Annual report on the Civil Veterinary Department, Burma (including the Insein Veterinary School) - 1923-1931
Year: 1923
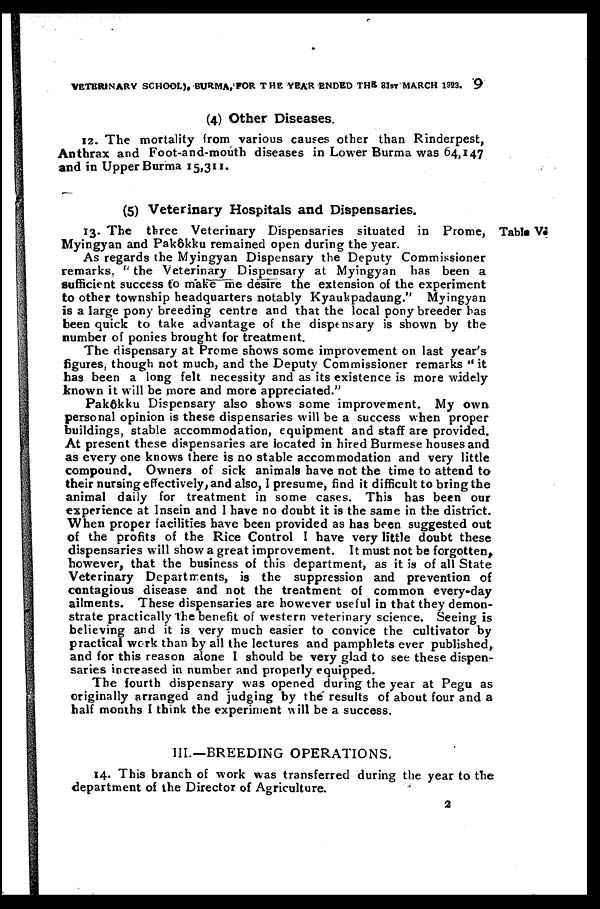
VETERINARY SCHOOL), BURMA, FOR THE YEAR ENDED THE 31ST MARCH 1923.
9
(4) Other Diseases.
12. The mortality from various causes other than Rinderpest,
Anthrax and Foot-and-mouth diseases in Lower Burma was 64,147
and in Upper Burma 15,311.
(5) Veterinary Hospitals and Dispensaries.
Table V.
13. The three Veterinary Dispensaries situated in Prome,
Myingyan and Pakôkku remained open during the year.
As regards the Myingyan Dispensary the Deputy Commissioner
remarks, " the Veterinary Dispensary at Myingyan has been a
sufficient success to make me desire the extension of the experiment
to other township headquarters notably Kyaukpadaung." Myingyan
is a large pony breeding centre and that the local pony breeder has
been quick to take advantage of the dispensary is shown by the
number of ponies brought for treatment.
The dispensary at Prome shows some improvement on last year's
figures, though not much, and the Deputy Commissioner remarks " it
has been a long felt necessity and as its existence is more widely
known it will be more and more appreciated."
Pakôkku Dispensary also shows some improvement. My own
personal opinion is these dispensaries will be a success when proper
buildings, stable accommodation, equipment and staff are provided.
At present these dispensaries are located in hired Burmese houses and
as every one knows there is no stable accommodation and very little
compound. Owners of sick animals have not the time to attend to
their nursing effectively, and also, I presume, find it difficult to bring the
animal daily for treatment in some cases. This has been our
experience at Insein and I have no doubt it is the same in the district.
When proper facilities have been provided as has been suggested out
of the profits of the Rice Control I have very little doubt these
dispensaries will show a great improvement. It must not be forgotten,
however, that the business of this department, as it is of all State
Veterinary Departments, is the suppression and prevention of
contagious disease and not the treatment of common every-day
ailments. These dispensaries are however useful in that they demon-
strate practically The benefit of western veterinary science. Seeing is
believing and it is very much easier to convice the cultivator by
practical work than by all the lectures and pamphlets ever published,
and for this reason alone I should be very glad to see these dispen-
saries increased in number and properly equipped.
The fourth dispensary was opened during the year at Pegu as
originally arranged and judging by the results of about four and a
half months I think the experiment will be a success.
III.—BREEDING OPERATIONS.
14. This branch of work was transferred during the year to the
department of the Director of Agriculture.
2